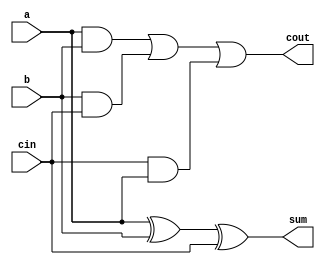
`timescale 1ns / 1ps
module sumador1bit (
	// Declaracion de entradas
	input a,b,cin,
	// Declaracion de salidas
	output sum, cout
);
 // logica combinacional de salidas respecto a entradas

assign sum  = (a ^ b) ^ cin;
assign cout = (a & b) | (b & cin) | (cin & a);

endmodule